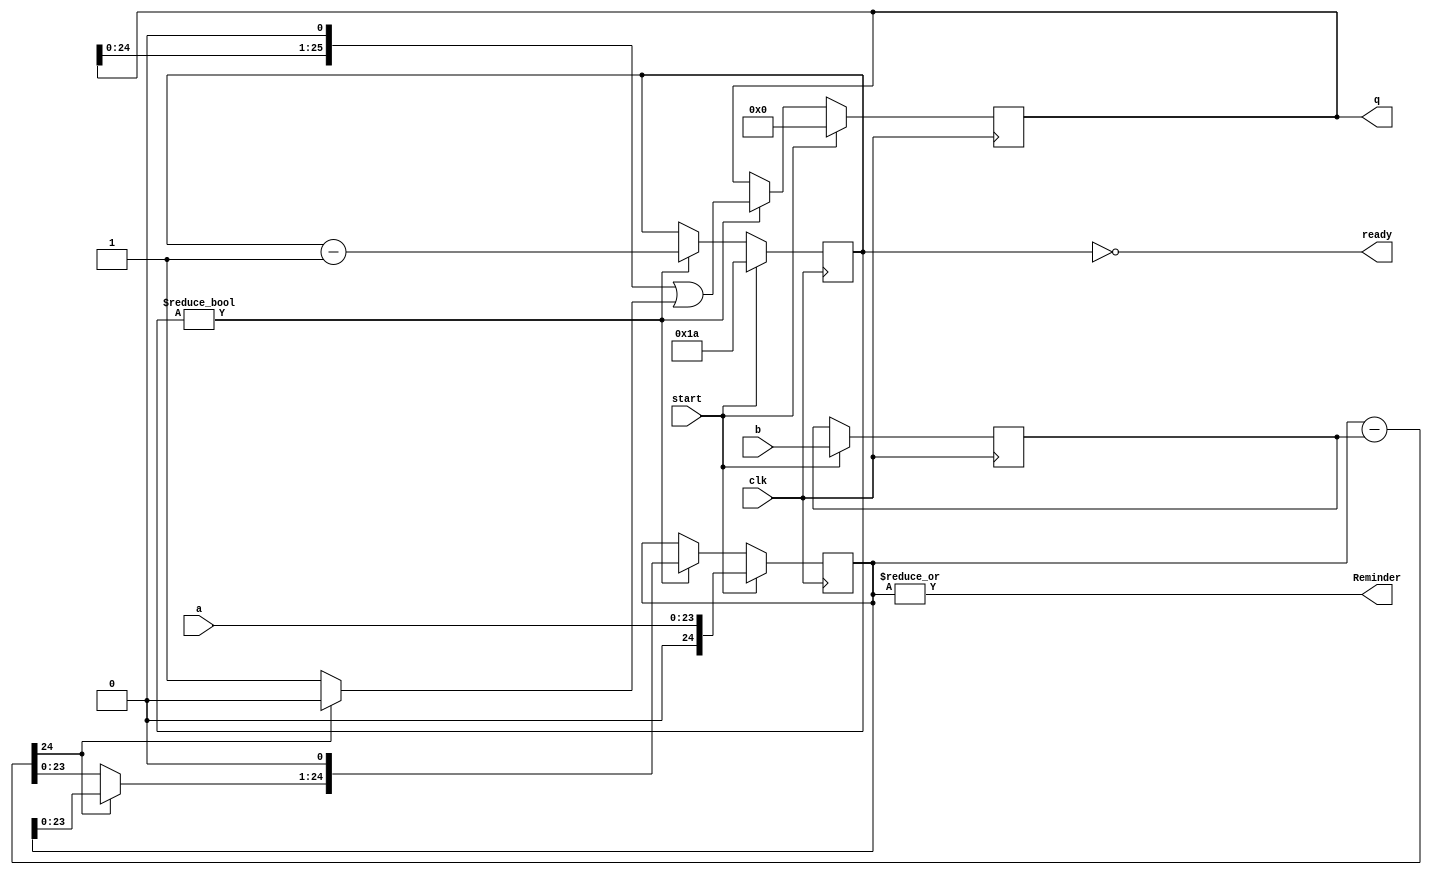
`timescale 1ns/1ns
module unsigned_fractional_divider #(parameter ni=23, parameter no = 25)(
input clk,
input start,
input [0:-ni] a,
input [0:-ni] b,
output reg [0:-no] q,
output Reminder,
output ready
);

reg [9:0] counter;
reg [1:-ni] pr;
reg [0:-ni] br;
wire borrow; 
wire [0:-ni] sub;

assign {borrow,sub} = pr - br;
assign ready = !counter;
assign Reminder = |(pr);

always @(posedge clk)
if(start) begin	
	br <= b;
	pr <= a;
	counter <= no + 1;
	q <= 0;
	end
else if(counter) begin
	counter = counter - 1;
	q <= ((q<<1)|(borrow ? 1'b0 : 1'b1));
	pr <= (borrow ? pr : sub) << 1;
	end
endmodule